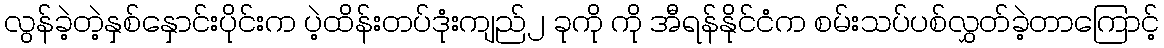
လွန်ခဲ့တဲ့နှစ်နှောင်းပိုင်းက ပဲ့ထိန်းတပ်ဒုံးကျည်၂ ခုကို ကို အီရန်နိုင်ငံက စမ်းသပ်ပစ်လွှတ်ခဲ့တာကြောင့်